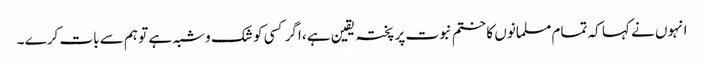
انہوں نے کہا کہ تمام مسلمانوں کا ختم نبوت پر پختہ یقین ہے ،اگر کسی کو شک وشبہ ہے تو ہم سے بات کرے ۔